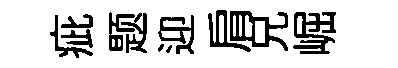
疵题迎肩兄崛